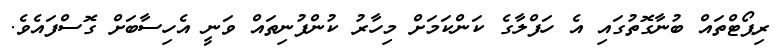
ރިޕޯޓްތައް ބުނާގޮތުގައި އެ ހަފްލާގެ ކަންކަމަށް މިހާރު ކުންފުނިތައް ވަނީ އެހިސާބަށް ގޮސްފައެވެ.